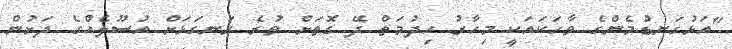
"އަޅުގަނޑުމެންގެ ވާހަކައަކީ މިހާރު ހިދުމަތް ދޭ ގޮތަށް ވުރެ ރަނގަޅަށް އުސޫލެއްގެ ދަށުން